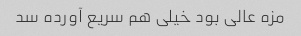
مزه عالی بود خیلی هم سریع آورده سد